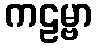
ကဠမ္ဗာ